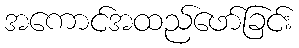
အကောင်အထည်ဖော်ခြင်း